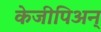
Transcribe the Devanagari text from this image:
केजीपिअन्